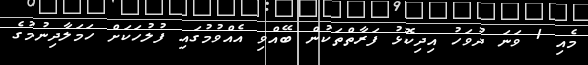
މެއި 1 ވަނަ ދުވަހު އިދިކޮޅު ފަރާތްތަކުން ބޭއްވި އެއްވުމުގައި ފުލުހަކަށް ހަމަލާދިނުމުގެ